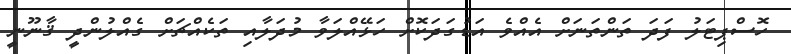
ހޮސްޕިޓަލު ފަދަ ތަންތަނަށް އެއްވެ އަޑުގަދަކޮށް ހަޅޭއްލަވާ މުދަލާއި ތަކެއްޗަށް ގެއްލުންދީ ޤާނޫނީ